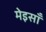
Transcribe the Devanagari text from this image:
मेइसाँ